Report of the Indian Hemp Drugs Commission, 1894-1895 - Volume V
Year: 1894
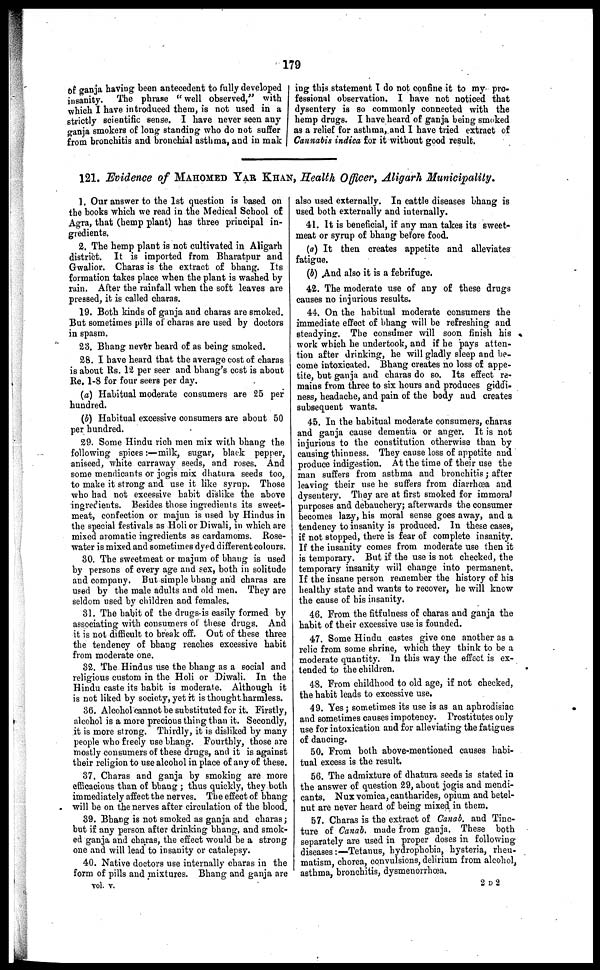
179
of ganja having been antecedent to fully developed
insanity. The phrase "well observed," with
which I have introduced them, is not used in a
strictly scientific sense. I have never seen any
ganja smokers of long standing who do not suffer
from bronchitis and bronchial asthma, and in mak
ing this statement I do not confine it to my pro-
fessional observation. I have not noticed that
dysentery is so commonly connected with the
hemp drugs. I have heard of ganja being smoked
as a relief for asthma, and I have tried extract of
Cannabis indica for it without good result.
121. Evidence of MAHOMED YAR KHAN, Health Officer, Aligarh Municipality.
1. Our answer to the 1st question is based on
the books which we read in the Medical School of
Agra, that (hemp plant) has three principal in-
gredients.
2. The hemp plant is not cultivated in Aligarh
district. It is imported from Bharatpur and
Gwalior. Charas is the extract of bhang. Its
formation takes place when the plant is washed by
rain. After the rainfall when the soft leaves are
pressed, it is called charas.
19. Both kinds of ganja and charas are smoked.
But sometimes pills of charas are used by doctors
in spasm.
23. Bhang never heard of as being smoked.
28. I have heard that the average cost of charas
is about Rs. 12 per seer and bhang's cost is about
Re. 1-8 for four seers per day.
(a) Habitual moderate consumers are 25 per
hundred.
(5) Habitual excessive consumers are about 50
per hundred.
29. Some Hindu rich men mix with bhang the
following spices:—milk, sugar, black pepper,
aniseed, white carraway seeds, and roses. And
some mendicants or jogis mix dhatura seeds too,
to make it strong and use it like syrup. Those
who bad not excessive habit dislike the above
ingredients. Besides those ingredients its sweet-
meat, confection or majun is used by Hindus in
the special festivals as Holi or Diwali, in which are
mixed aromatic ingredients as cardamoms. Rose-
water is mixed and sometimes dyed different colours.
30. The sweetmeat or majum of bhang is used
by persons of every age and sex, both in solitude
and company. But simple bhang and charas are
used by the male adults and old men. They are
seldom used by children and females.
31. The habit of the drugs is easily formed by
associating with consumers of these drugs. And
it is not difficult to break off. Out of these three
the tendency of bhang reaches excessive habit
from moderate one.
32. The Hindus use the bhang as a social and
religious custom in the Holi or Diwali. In the
Hindu caste its habit is moderate. Although it
is not liked by society, yet it is thought harmless.
36. Alcohol cannot be substituted for it. Firstly,
alcohol is a more precious thing than it. Secondly,
it is more strong. Thirdly, it is disliked by many
people who freely use bhang. Fourthly, those are
mostly consumers of these drugs, and it is against
their religion to use alcohol in place of any of these.
37. Charas and ganja by smoking are more
efficacious than of bhang; thus quickly, they both
immediately affect the nerves. The effect of bhang
will be on the nerves after circulation of the blood.
39. Bhang is not smoked as ganja and charas;
but if any person after drinking bhang, and smok-
ed ganja and charas, the effect would be a strong
one and will lead to insanity or catalepsy.
40. Native doctors use internally charas in the
form of pills and mixtures. Bhang and ganja are
also used externally. In cattle diseases bhang is
used both externally and internally.
41. It is beneficial, if any man takes its sweet-
meat or syrup of bhang before food.
(a) It then creates appetite and alleviates
fatigue.
(b) And also it is a febrifuge.
42. The moderate use of any of these drugs
causes no injurious results.
44. On the habitual moderate consumers the
immediate effect of bhang will be refreshing and
steadying. The consumer will soon finish his
work which he undertook, and if he pays atten-
tion after drinking, he will gladly sleep and be-
come intoxicated. Bhang creates no loss of appe-
tite, but ganja and charas do so. Its effect re-
mains from three to six hours and produces giddi-
ness, headache, and pain of the body and creates
subsequent wants.
45. In the habitual moderate consumers, charas
and ganja cause dementia or auger. It is not
injurious to the constitution otherwise than by
causing thinness. They cause loss of appetite and
produce indigestion. At the time of their use the
man suffers from asthma and bronchitis; after
leaving their use he suffers from diarrhoea and
dysentery. They are at first smoked for immoral
purposes and debauchery; afterwards the consumer
becomes lazy, his moral sense goes away, and a
tendency to insanity is produced. In these cases,
if not stopped, there is fear of complete insanity.
If the insanity comes from moderate use then it
is temporary. But if the use is not checked, the
temporary insanity will change into permanent.
If the insane person remember the history of his
healthy state and wants to recover, he will know
the cause of his insanity.
46. From the fitfulness of charas and ganja the
habit of their excessive use is founded.
47. Some Hindu castes give one another as a
relic from some shrine, which they think to be a
moderate quantity. In this way the effect is ex-
tended to the children.
48. From childhood to old age, if not checked,
the habit leads to excessive use.
49. Yes; sometimes its use is as an aphrodisiac
and sometimes causes impotency. Prostitutes only
use for intoxication and for alleviating the fatigues
of dancing.
50. From both above-mentioned causes habi-
tual excess is the result.
56. The admixture of dhatura seeds is stated in
the answer of question 29, about jogis and mendi-
cants. Nux vomica, cantharides, opium and betel-
nut are never heard of being mixed in them.
57. Charas is the extract of Canab. and Tinc-
ture of Canab. made from ganja. These both
separately are used in proper doses in following
diseases:—Tetanus, hydrophobia, hysteria, rheu-
matism, chorea, convulsions, delirium from alcohol,
asthma, bronchitis, dysmenorrhœa.
vol. v.
2 D 2